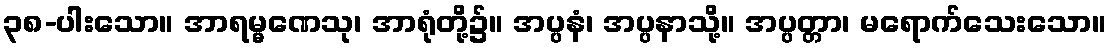
၃၈-ပါးသော။ အာရမ္မဏေသု၊ အာရုံတို့၌။ အပ္ပနံ၊ အပ္ပနာသို့။ အပ္ပတ္တာ၊ မရောက်သေးသော။